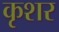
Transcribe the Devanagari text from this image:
कृशर